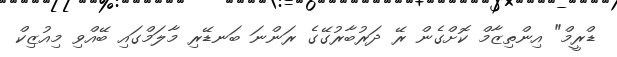
ޑްރީމް" އިންތިޒާމް ކޮށްގެން ރޭ ދަރުބާރުގޭގެ ރަންނަ ބަނޑޭރި މާލަމްގައި ބޭއްވި މިއުޒިކް